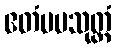
ဧတံမမသုတ္တံ